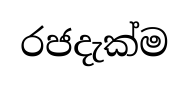
රජදැක්ම